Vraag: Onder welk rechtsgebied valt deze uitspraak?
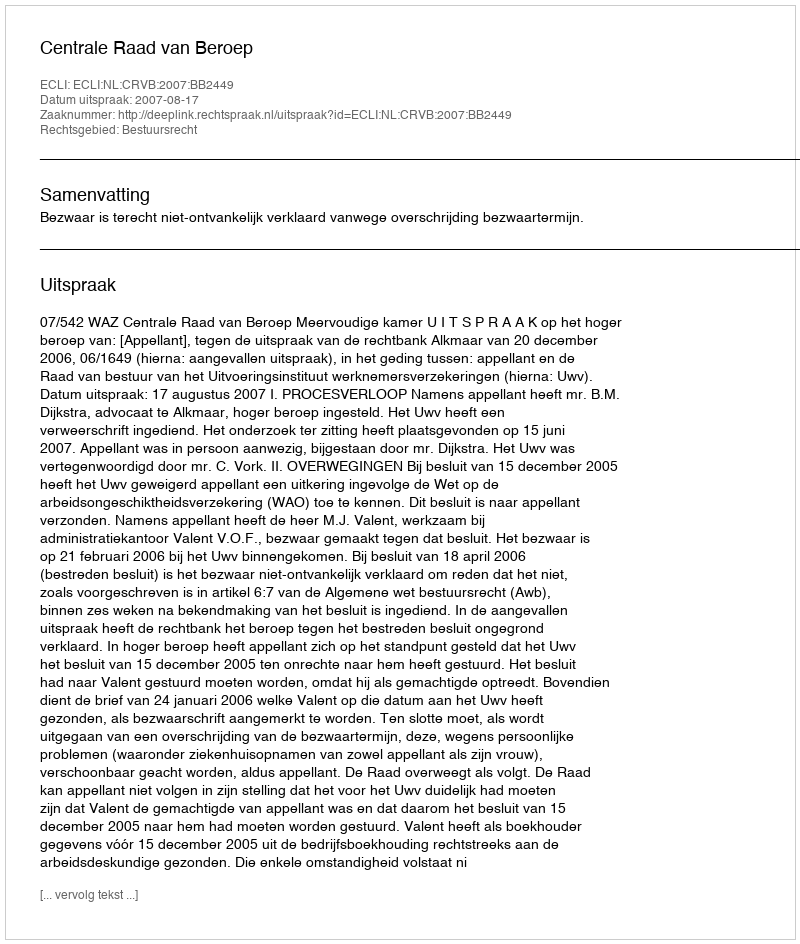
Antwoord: Bestuursrecht